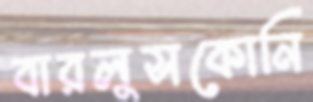
বারলুসকোনি